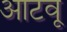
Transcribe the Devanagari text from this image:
आटवू